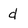
Character: d